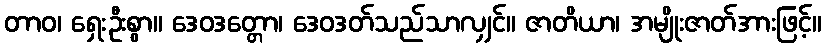
တာဝ၊ ရှေးဦးစွာ။ ဒေဝဒတ္တော၊ ဒေဝဒတ်သည်သာလျှင်။ ဇာတိယာ၊ အမျိုးဇာတ်အားဖြင့်။